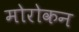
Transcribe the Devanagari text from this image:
मोरोकन